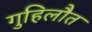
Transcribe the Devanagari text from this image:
गुहिलौत